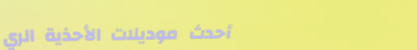
أحدث موديلات الأحذية الري